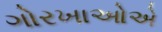
ગોરખાઓએ